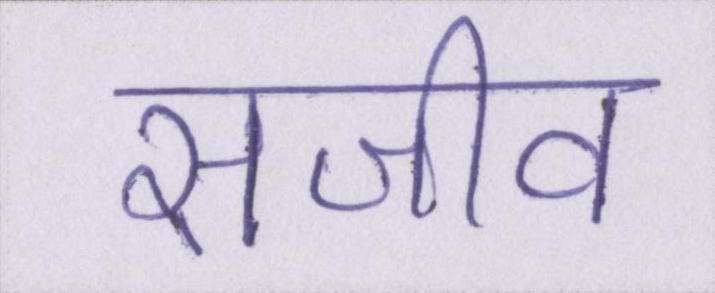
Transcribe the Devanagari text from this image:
सजीव